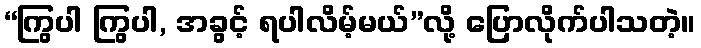
“ကြွပါ ကြွပါ, အခွင့် ရပါလိမ့်မယ်”လို့ ပြောလိုက်ပါသတဲ့။